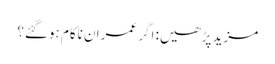
مزید پڑھیں: اگر عمران ناکام ہوگئے؟